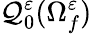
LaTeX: \mathcal{Q}_{0}^{\varepsilon}(\Omega_{f}^{\varepsilon})